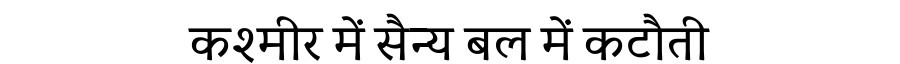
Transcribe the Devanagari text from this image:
कश्मीर में सैन्य बल में कटौती